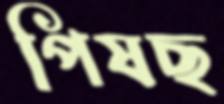
পিষছ